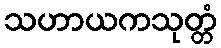
သဟာယကသုတ္တံ